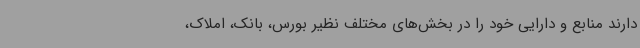
دارند منابع و دارایی خود را در بخش‌های مختلف نظیر بورس، بانک، املاک،